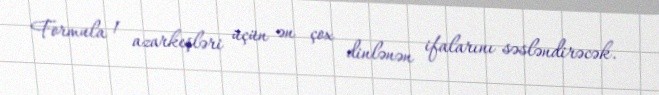
Formula 1 azarkeşləri üçün ən çox dinlənən ifalarını səsləndirəcək.